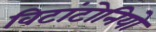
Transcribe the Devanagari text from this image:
विटांटोनियो